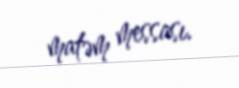
matəm messası.